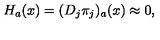
H _ { a } ( x ) = ( D _ { j } \pi _ { j } ) _ { a } ( x ) \approx 0 ,